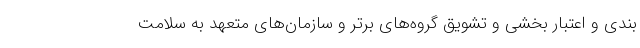
بندی و اعتبار بخشی و تشویق گروه‌های برتر و سازمان‌های متعهد به سلامت